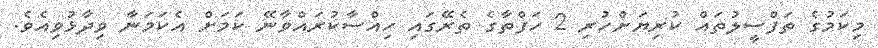
މިކަމުގެ ތަފްސީލުތައް ކުރިޔަށްހުރި 2 ހަފްތާގެ ތެރޭގައި ހިއްސާކުރައްވާނޭ ކަމަށް އެކަމަނާ ވިދާޅުވިއެވެ.